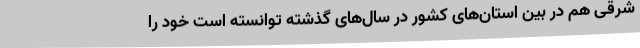
شرقی هم در بین استان‌های کشور در سال‌های گذشته توانسته است خود را